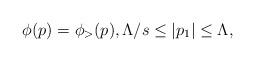
LaTeX: \begin{align*}\phi(p) = \phi_{>}(p) , \Lambda/s \leq |p_{1}| \leq\Lambda,\end{align*}